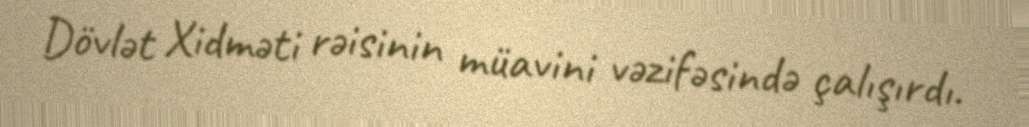
Dövlət Xidməti rəisinin müavini vəzifəsində çalışırdı.